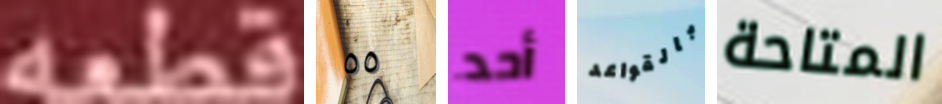
قطعه ٥٥ أحد بالقواعد المتاحة